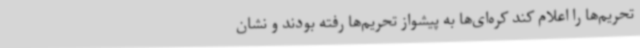
تحریم‌ها را اعلام کند کره‌ای‌ها به پیشواز تحریم‌ها رفته بودند و نشان